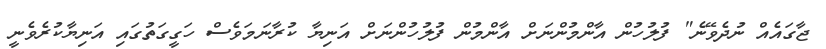
ޖާގައެއް ނުދެވޭނެ" ފުލުހުން އާންމުންނަށް އާންމުން ފުލުހުންނަށް އަނިޔާ ކުރާނަމަވެސް ހަގީގަތުގައި އަނިޔާކުރެވެނީ